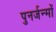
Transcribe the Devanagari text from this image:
पुनर्जन्मों